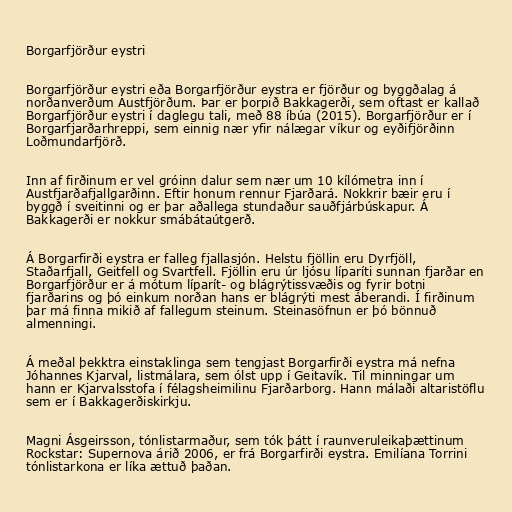
Borgarfjörður eystri

Borgarfjörður eystri eða Borgarfjörður eystra er fjörður og byggðalag á
norðanverðum Austfjörðum. Þar er þorpið Bakkagerði, sem oftast er kallað
Borgarfjörður eystri í daglegu tali, með 88 íbúa (2015). Borgarfjörður er í
Borgarfjarðarhreppi, sem einnig nær yfir nálægar víkur og eyðifjörðinn
Loðmundarfjörð.

Inn af firðinum er vel gróinn dalur sem nær um 10 kílómetra inn í
Austfjarðafjallgarðinn. Eftir honum rennur Fjarðará. Nokkrir bæir eru í
byggð í sveitinni og er þar aðallega stundaður sauðfjárbúskapur. Á
Bakkagerði er nokkur smábátaútgerð.

Á Borgarfirði eystra er falleg fjallasjón. Helstu fjöllin eru Dyrfjöll,
Staðarfjall, Geitfell og Svartfell. Fjöllin eru úr ljósu líparíti sunnan fjarðar en
Borgarfjörður er á mótum líparít- og blágrýtissvæðis og fyrir botni
fjarðarins og þó einkum norðan hans er blágrýti mest áberandi. Í firðinum
þar má finna mikið af fallegum steinum. Steinasöfnun er þó bönnuð
almenningi.

Á meðal þekktra einstaklinga sem tengjast Borgarfirði eystra má nefna
Jóhannes Kjarval, listmálara, sem ólst upp í Geitavík. Til minningar um
hann er Kjarvalsstofa í félagsheimilinu Fjarðarborg. Hann málaði altaristöflu
sem er í Bakkagerðiskirkju.

Magni Ásgeirsson, tónlistarmaður, sem tók þátt í raunveruleikaþættinum
Rockstar: Supernova árið 2006, er frá Borgarfirði eystra. Emilíana Torrini
tónlistarkona er líka ættuð þaðan.